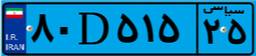
۲۷D۹۳۳۰۳